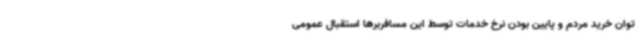
توان خرید مردم و پایین بودن نرخ خدمات توسط این مسافربرها استقبال عمومی